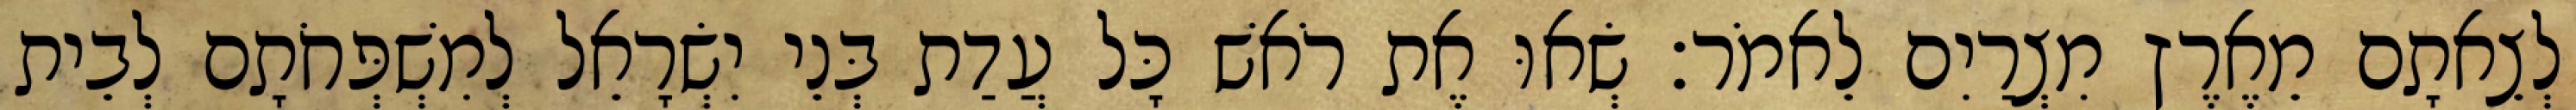
לְצֵאתָם מֵאֶרֶץ מִצְרַיִם לֵאמֹר׃ שְׂאוּ אֶת רֹאשׁ כָּל עֲדַת בְּנֵי יִשְׂרָאֵל לְמִשְׁפְּחֹתָם לְבֵית